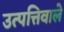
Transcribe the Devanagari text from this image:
उत्पत्तिवाले